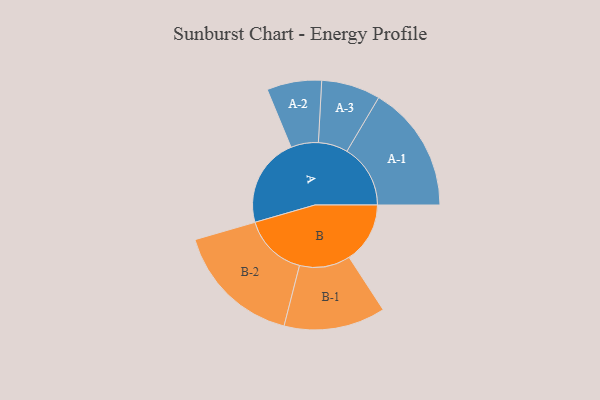
{"axis": {"x": "Segment", "y": "Value"}, "legend": ["", "A", "B"], "data": [{"x": "A", "y": 379, "type": ""}, {"x": "B", "y": 258, "type": ""}, {"x": "A-1", "y": 269, "type": "A"}, {"x": "A-2", "y": 116, "type": "A"}, {"x": "A-3", "y": 125, "type": "A"}, {"x": "B-1", "y": 215, "type": "B"}, {"x": "B-2", "y": 270, "type": "B"}]}